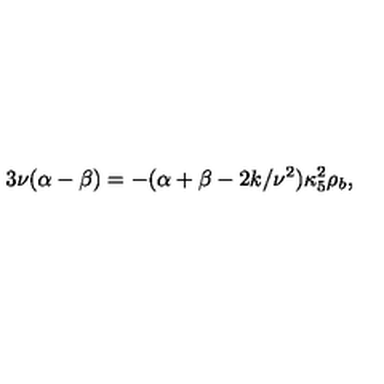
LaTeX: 3 \nu ( \alpha - \beta ) = - ( \alpha + \beta - 2 k / \nu ^ { 2 } ) \kappa _ { 5 } ^ { 2 } \rho _ { b } ,